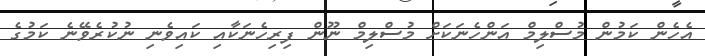
އެހެން ކަމުން މުސްލިމް އަންހެނަކަށް މުސްލިމް ނޫން ފިރިހެނަކާއި ކައިވެނި ނުކުރެވޭނެ ކަމުގެ